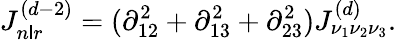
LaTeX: J_{n\mathsf{l}r}^{(d-2)}=(\partial_{12}^{2}+\partial_{13}^{2}+\partial_{23}^{2})J_{\nu_{1}\nu_{2}\nu_{3}}^{(d)}.